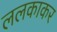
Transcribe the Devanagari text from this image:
ललकाकर